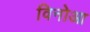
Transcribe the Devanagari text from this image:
विनोआ